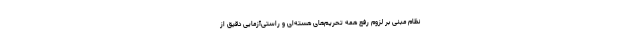
نظام مبنی بر لزوم رفع همه تحریم‌های هسته‌ای و راستی‌آزمایی دقیق از